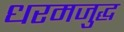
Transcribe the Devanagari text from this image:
धरमजुद्ध